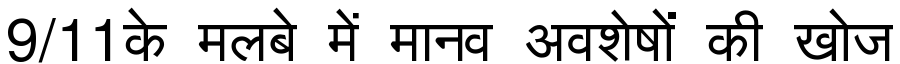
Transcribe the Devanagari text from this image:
9/11के मलबे में मानव अवशेषों की खोज